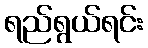
ရည်ရွယ်ရင်း